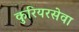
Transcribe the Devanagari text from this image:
कुरियरसेवा